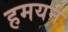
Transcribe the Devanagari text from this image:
हमयन